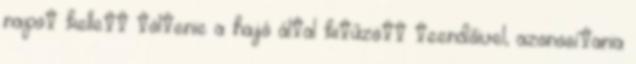
napot kellett töltenie a hajó által kitűzött teendőivel, azonosítania